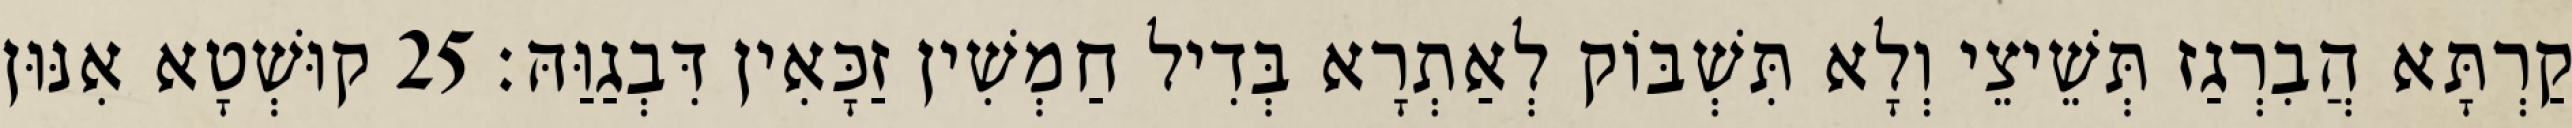
קַרְתָּא הֲבִרְגַז תְּשֵׁיצֵי וְלָא תִּשְׁבּוֹק לְאַתְרָא בְּדִיל חַמְשִׁין זַכָּאִין דִּבְגַוַּהּ׃ 25 קוּשְׁטָא אִנּוּן